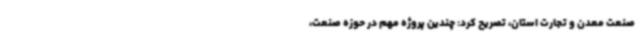
صنعت معدن و تجارت استان، تصریح کرد: چندین پروژه مهم در حوزه صنعت،